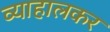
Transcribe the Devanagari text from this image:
व्याहालकर